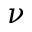
\nu